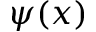
\psi ( x )